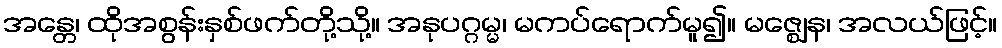
အန္တေ၊ ထိုအစွန်းနှစ်ဖက်တို့သို့။ အနုပဂ္ဂမ္မ၊ မကပ်ရောက်မူ၍။ မဇ္ဈေန၊ အလယ်ဖြင့်။